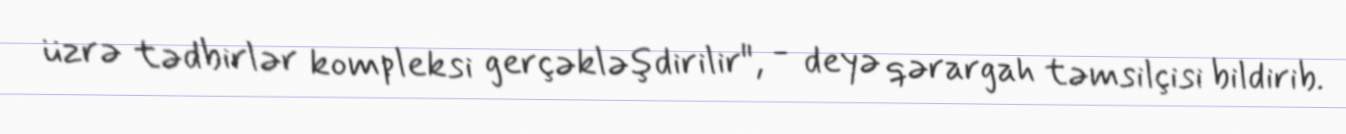
üzrə tədbirlər kompleksi gerçəkləşdirilir", - deyə qərargah təmsilçisi bildirib.